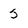
Character: 5